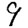
Digit: 9